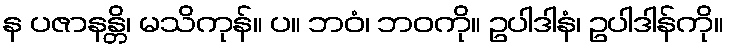
န ပဇာနန္တိ၊ မသိကုန်။ ပ။ ဘဝံ၊ ဘဝကို။ ဥပါဒါနံ၊ ဥပါဒါန်ကို။